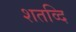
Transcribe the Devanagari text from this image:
शतव्दि